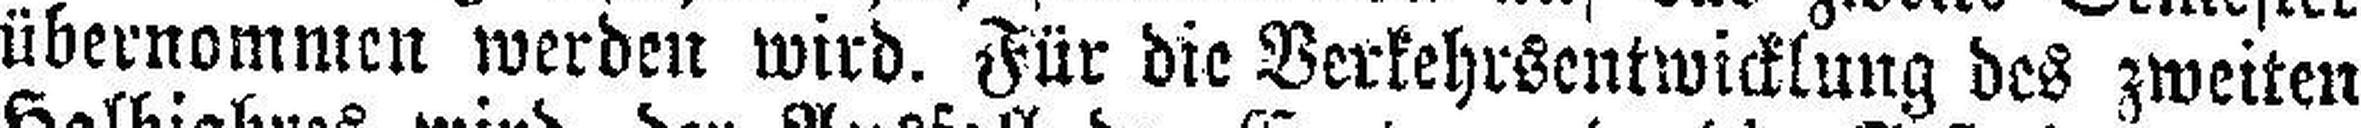
übernommen werden wird. Für die Verkehrsentwicklung des zweiten